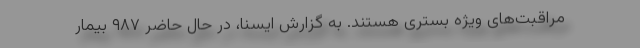
مراقبت‌های ویژه بستری هستند. به گزارش ایسنا، در حال حاضر ۹۸۷ بیمار